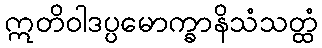
ဣတိဝါဒပ္ပမောက္ခာနိသံသတ္ထံ